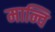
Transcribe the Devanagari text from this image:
मान्वि